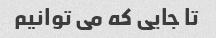
تا جایی که می توانیم